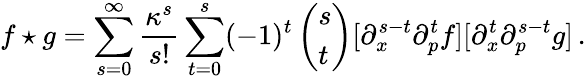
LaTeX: f\star g=\sum_{s=0}^{\infty}\frac{\kappa^{s}}{s!}\sum_{t=0}^{s}(-1)^{t}\left(\begin{array}{l}{{s}}\\ {{t}}\end{array}\right)[\partial_{x}^{s-t}\partial_{p}^{t}f][\partial_{x}^{t}\partial_{p}^{s-t}g]\, .